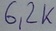
Text: 6,2K